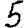
Digit: 5